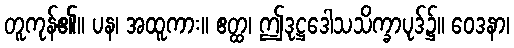
တူကုန်၏။ ပန၊ အထူကား။ ဧတ္ထ၊ ဤဒုဋ္ဌဒေါသသိက္ခာပုဒ်၌။ ဝေဒနာ၊